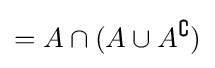
=A\cap (A\cup A^{\complement })